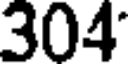
304